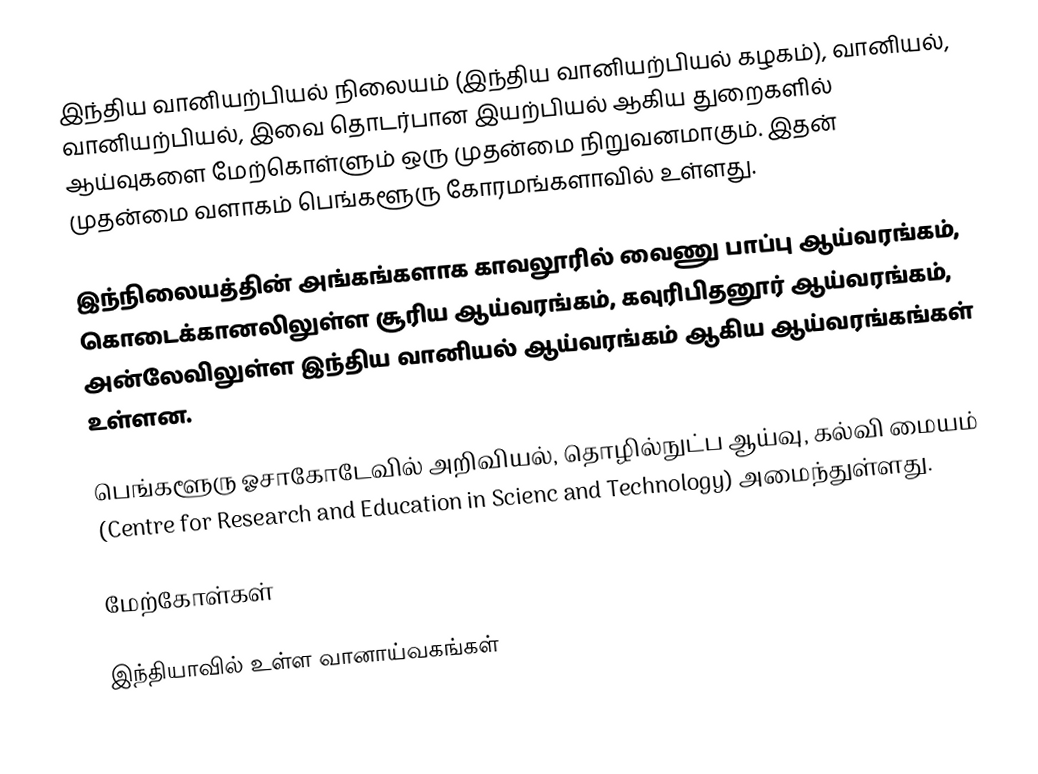
இந்திய வானியற்பியல் நிலையம் (இந்திய வானியற்பியல் கழகம்), வானியல், வானியற்பியல், இவை தொடர்பான இயற்பியல் ஆகிய துறைகளில் ஆய்வுகளை மேற்கொள்ளும் ஒரு முதன்மை நிறுவனமாகும். இதன் முதன்மை வளாகம் பெங்களூரு கோரமங்களாவில் உள்ளது.

இந்நிலையத்தின் அங்கங்களாக காவலூரில் வைணு பாப்பு ஆய்வரங்கம், கொடைக்கானலிலுள்ள சூரிய ஆய்வரங்கம், கவுரிபிதனூர் ஆய்வரங்கம், அன்லேவிலுள்ள இந்திய வானியல் ஆய்வரங்கம் ஆகிய ஆய்வரங்கங்கள் உள்ளன.

பெங்களூரு ஓசாகோடேவில் அறிவியல், தொழில்நுட்ப ஆய்வு, கல்வி மையம் (Centre for Research and Education in Scienc and Technology) அமைந்துள்ளது.

மேற்கோள்கள்

இந்தியாவில் உள்ள வானாய்வகங்கள்